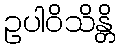
ဥပါဝိသိန္တိ